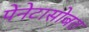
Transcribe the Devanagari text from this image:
पेनेटासोबत